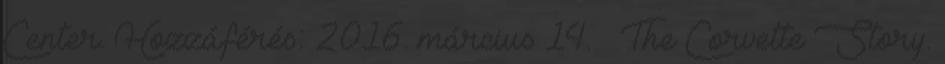
Center. Hozzáférés: 2016. március 14. ↑ The Corvette Story.